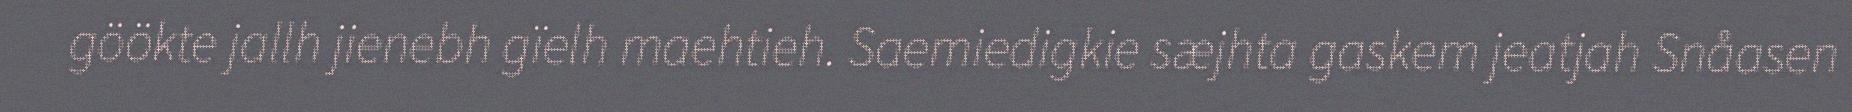
göökte jallh jienebh gïelh maehtieh. Saemiedigkie sæjhta gaskem jeatjah Snåasen